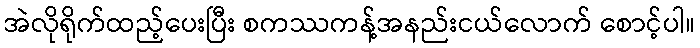
အဲလိုရိုက်ထည့်ပေးပြီး စကဿကန့်အနည်းငယ်လောက် စောင့်ပါ။